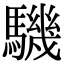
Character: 𩦋